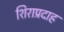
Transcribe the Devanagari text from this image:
शिराप्रदाह